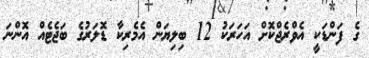
ގެ ފަންޑަކީ އެވްރެޖްކޮށް އަހަރަކު 12 ބިލިޔަން އެމެރިކާ ޑޮލަރުގެ ބަޖެޓެއް އޮންނަ